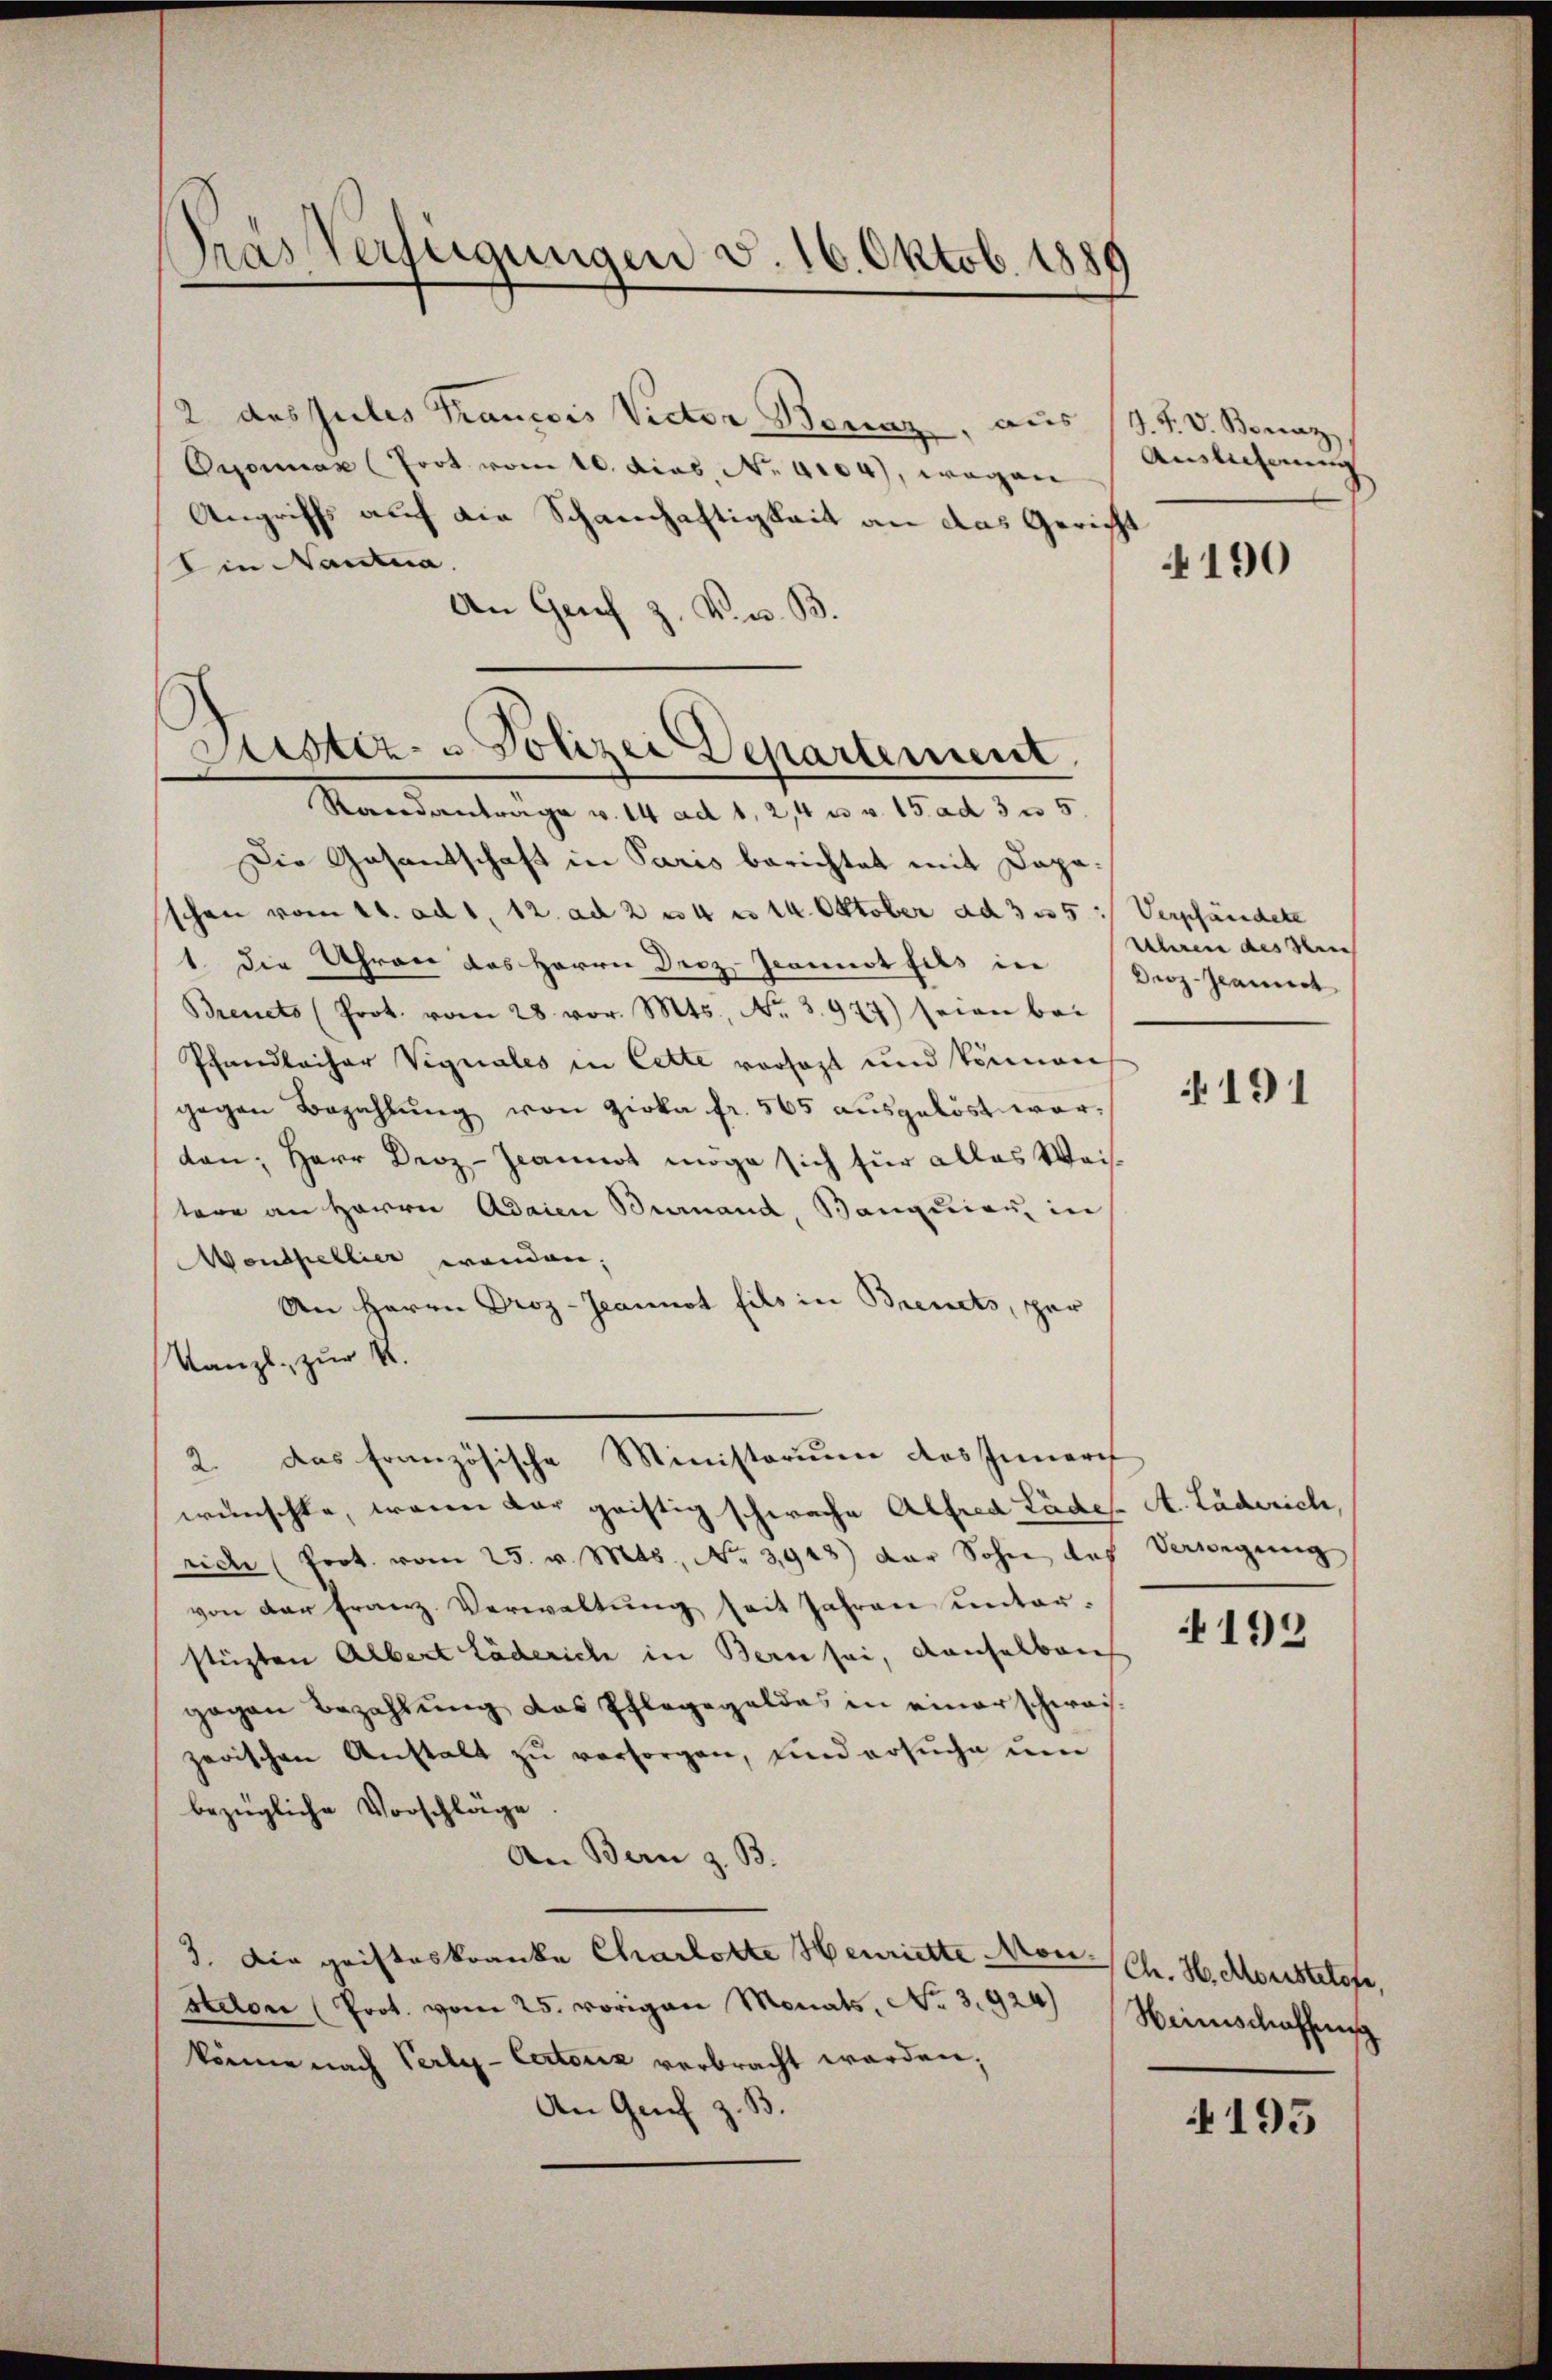
Tras Verfügungen v. 16. Oktob. 188

2 das Julis Francois Vider- Benaz, aus
Oyonnax (Toot vom 10. Jos. No. 4104), wegen
Angriffs auf die Schanhaftigkeit an das Gericht
Ein Nantia.
An Grif z. V. B.

Fister- u Polizei Departement.

Randantrage v. 14 ad 1, 2,4 u v. 15 ad 325
Die Gasantschaft in Paris berichtet mit Dapaschon vom 21. ad 1. 12. ad 24 n 14. Oktober ad 335
1. die Uhren das Herrn Droz. Jeannst fils in Droz.-Granit
Breuets (Prot. vom 28. vor. Mts., Nr. 3977) seien bei
Pfandlacher Vignales in Cette vorsagt und können
gegen Bezahlung von Zirka fr. 565 ausgelöst wordon; Herr Droz-Jeannot möge sich für alles Weistere an Herrn Adaien Burnaud, Banquieu, in
Monthellier wanden;
An Herrn Droz-Jeannot fils in Breuets, per
Kanzl, zur K.
wünschte, wenn dar geistig schwache Alfred Lüde
rich (Prot. vom 25. v. Mts., No 3948) der Sohn das
von der Franz Verwaltŭng seit Jahren unter-
stüzten Albert Läderich in Bern sei, denselbau
gegen Bezahlung das Pflegegeldes in einer schwaizerischen Anstalt zu versorgen, und ersuche um
bezügliche Vorschläge
An Bern z. B.
3. Die geisteskranke Charlotte Henriette Monselon (Prot. vom 25. vorigen Monats, No. 3. 924 Heimschaffun
könne nach Verly-Certoriz verbracht worden;
An Genf z. B.

2. Das französische Ministorium des Innerch

J. F. V. Bonaz
Auslicherung

4190

Verpfändete
Uhren des Stein

191

A. Läderich,
Verwegung

192

Ch. H. Monistetefe,

195